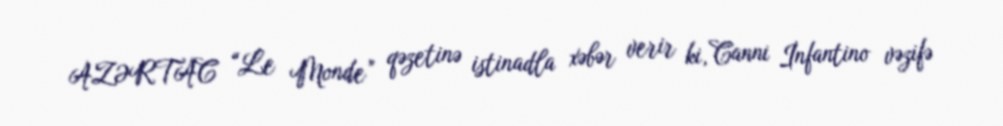
AZƏRTAC “Le Monde” qəzetinə istinadla xəbər verir ki, Canni İnfantino vəzifə